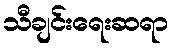
သီချင်းရေးဆရာ